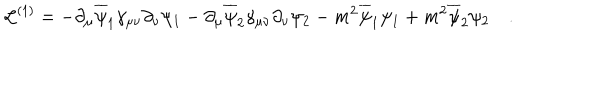
LaTeX: { \cal L } ^ { ( 1 ) } = - \partial _ { \mu } \overline { { \psi } } _ { 1 } \gamma _ { \mu \nu } \partial _ { \nu } \psi _ { 1 } - \partial _ { \mu } \overline { { \psi } } _ { 2 } \gamma _ { \mu \nu } \partial _ { \nu } \psi _ { 2 } - m ^ { 2 } \overline { { \psi } } _ { 1 } \psi _ { 1 } + m ^ { 2 } \overline { { \psi } } _ { 2 } \psi _ { 2 } \quad .